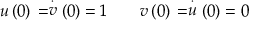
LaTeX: u \left( 0 \right) \, = \stackrel { \cdot } { v } \left( 0 \right) = 1 \qquad v \left( 0 \right) \, = \stackrel { \cdot } { u } \left( 0 \right) = 0